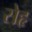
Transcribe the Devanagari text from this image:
सेहृ